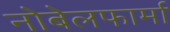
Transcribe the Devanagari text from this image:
नोबेलफार्मा